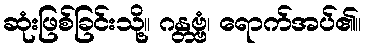
ဆုံးဖြစ်ခြင်းသို့။ ဂန္တဗ္ဗံ၊ ရောက်အပ်၏။